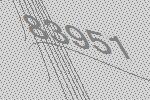
83951